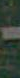
-